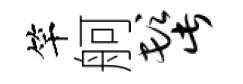
竿舸髭